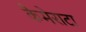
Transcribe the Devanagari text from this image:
कैमेराटा